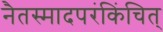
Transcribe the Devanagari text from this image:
नैतस्मादपरंकिंचित्